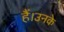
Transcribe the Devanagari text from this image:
हैं।उनके